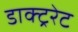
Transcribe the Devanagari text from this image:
डाक्ट्ररेट